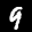
Label: 9